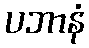
ပဘာနံ